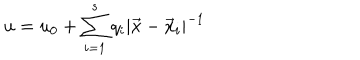
u = u _ { 0 } + \sum _ { i = 1 } ^ { s } q _ { i } | \vec { x } - \vec { x } _ { i } | ^ { - 1 }